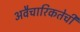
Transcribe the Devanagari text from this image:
अवैचारिकतेची